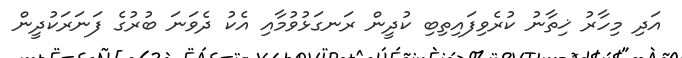
އަދި މިހާރު ޚިތާނު ކުރެވިފައިތިބި ކުދީން ރަނގަޅުވުމާއި އެކު ދެވަނަ ބުރުގެ ފަނަރަކުދީން